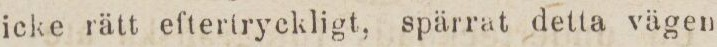
icke rätt eftertryckligt, spärrat detta vägen